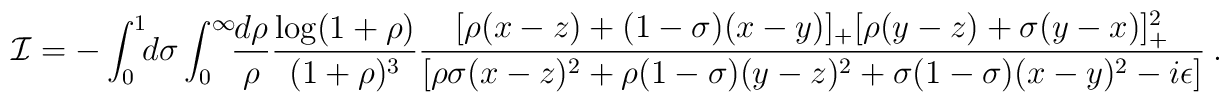
{\cal I}=-\int_0^1\!\! d\sigma\int_0^\infty \!\!{d\rho\over\rho}{\log(1+\rho)\over(1+\rho)^3}{[\rho(x-z) +(1-\sigma)(x-y)]_+[\rho (y-z) +\sigma (y-x)]_+^2\over [\rho\sigma (x-z)^2 +\rho(1-\sigma )(y-z)^2 +\sigma(1-\sigma) (x-y)^2-i\epsilon]}\ .